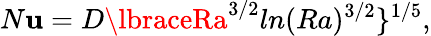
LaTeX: N\mathbf{u}=D\lbraceRa^{3/2}ln(Ra)^{3/2}\rbrace^{1/5},